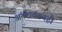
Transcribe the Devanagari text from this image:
अंतरावरूनही